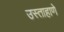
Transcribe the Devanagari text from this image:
उस्ताहाणे